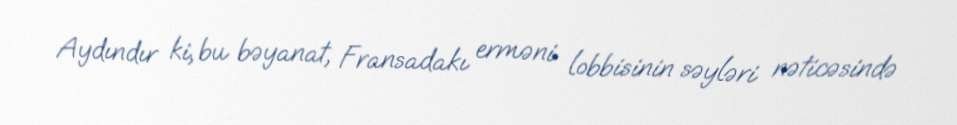
Aydındır ki, bu bəyanat, Fransadakı erməni lobbisinin səyləri nəticəsində